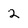
Character: 2